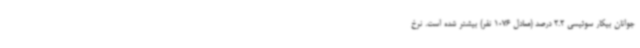
جوانان بیکار سوئیسی 2.2 درصد (معادل 1076 نفر) بیشتر شده است. نرخ